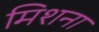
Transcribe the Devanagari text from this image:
मिशना